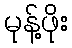
မုန့်ဖိုး